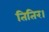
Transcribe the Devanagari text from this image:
तितिर।